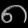
Digit: ၈